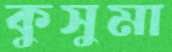
কুসুমা